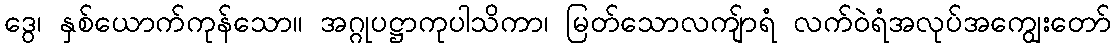
ဒွေ၊ နှစ်ယောက်ကုန်သော။ အဂ္ဂုပဋ္ဌာကုပါသိကာ၊ မြတ်သောလကျ်ာရံ လက်ဝဲရံအလုပ်အကျွေးတော်